Scientific memoirs by medical officers of the Army of India - Part IX,
Year: 1895
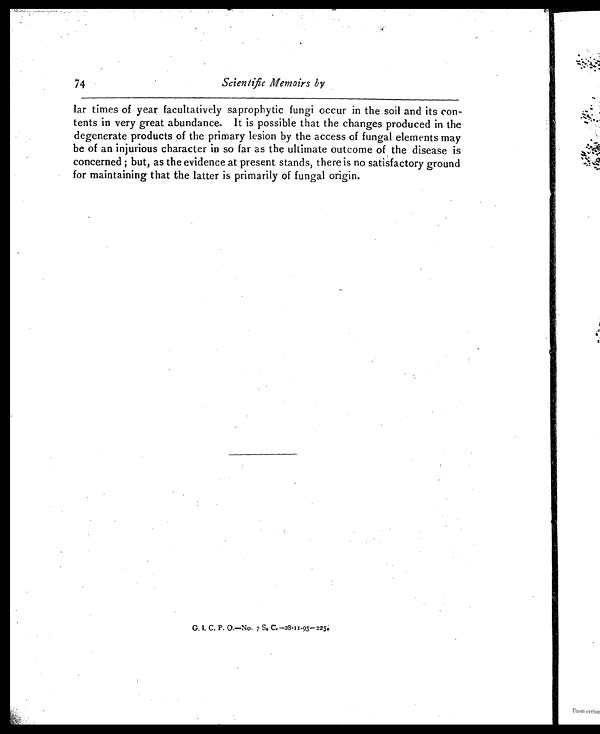
74
Scientific Memoirs by
lar times of year facultatively saprophytic fungi occur in the soil and its con-
tents in very great abundance. It is possible that the changes produced in the
degenerate products of the primary lesion by the access of fungal elements may
be of an injurious character in so far as the ultimate outcome of the disease is
concerned ; but, as the evidence at present stands, there is no satisfactory ground
for maintaining that the latter is primarily of fungal origin.
G. I. C, P. O.—No. 7 S. C.—28-11-95—225e